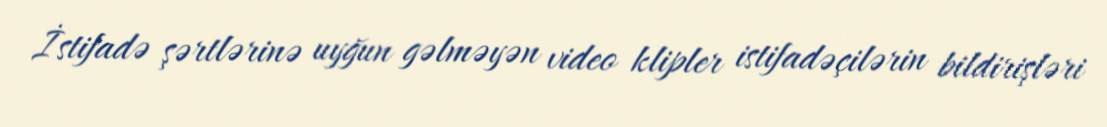
İstifadə şərtlərinə uyğun gəlməyən video klipler istifadəçilərin bildirişləri